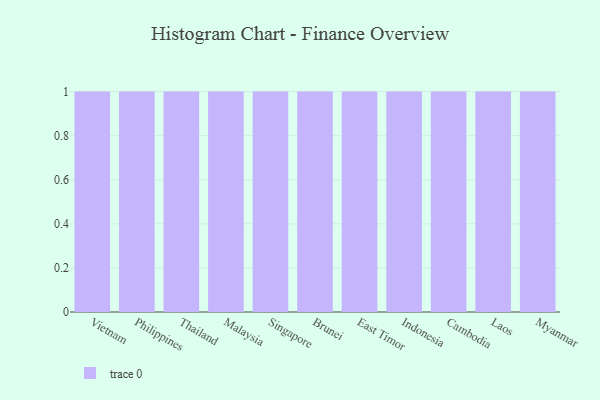
{"axis": {"x": "Country", "y": "Satisfaction Score"}, "legend": [""], "data": [{"x": "Vietnam", "y": 69, "type": ""}, {"x": "Philippines", "y": 25, "type": ""}, {"x": "Thailand", "y": 28, "type": ""}, {"x": "Malaysia", "y": 87, "type": ""}, {"x": "Singapore", "y": 29, "type": ""}, {"x": "Brunei", "y": 6, "type": ""}, {"x": "East Timor", "y": 73, "type": ""}, {"x": "Indonesia", "y": 9, "type": ""}, {"x": "Cambodia", "y": 95, "type": ""}, {"x": "Laos", "y": 47, "type": ""}, {"x": "Myanmar", "y": 68, "type": ""}]}